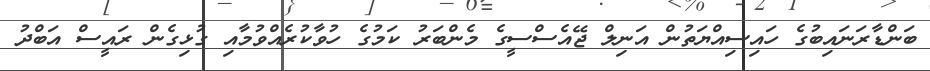
ބަންޑާރަނައިބުގެ ހައިސިއްޔަތުން އަނިލް ޖޭއެސްސީގެ މެންބަރު ކަމުގެ ހުވާކުރެއްވުމާއި ގުޅިގެން ރައީސް އަބްދު